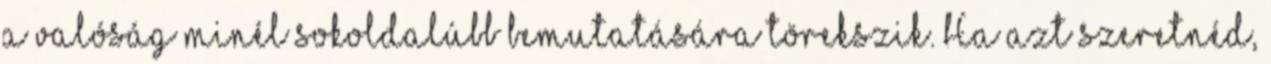
a valóság minél sokoldalúbb bemutatására törekszik. Ha azt szeretnéd,